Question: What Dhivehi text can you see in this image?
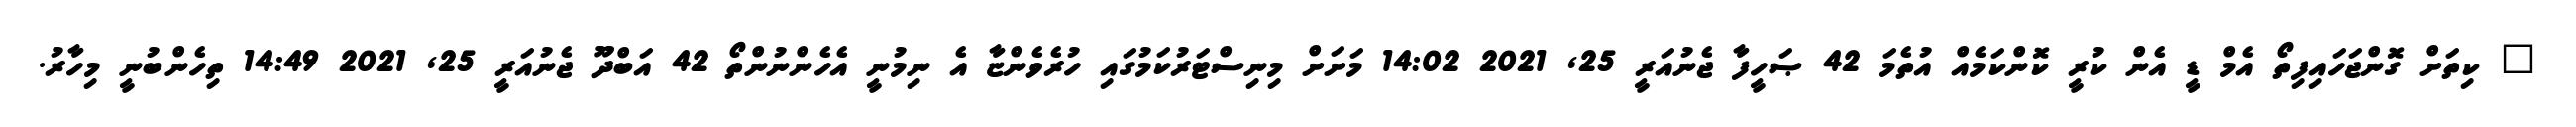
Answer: " ކިތަށް ގޮންޖަހައިފިތޯ އެމް ޑީ އެން ކުރީ ކޮންކަމެއް އުތެމަ 42 ޞަހީފާ ޖެނުއަރީ 25, 2021 14:02 މަށަށް މިނިސްޓަރުކަމުގައި ހުރެވެންޏާ އެ ނިމުނީ އެހެންނުންތޯ 42 އަބްދޫ ޖެނުއަރީ 25, 2021 14:49 ތިހެންބުނީ މިހާރު.